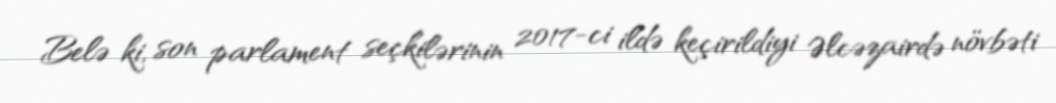
Belə ki, son parlament seçkilərinin 2017-ci ildə keçirildiyi Əlcəzairdə növbəti